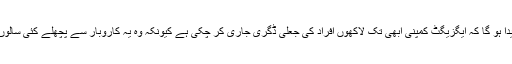
لیکن پھر یہ سوال پیدا ہو گا کہ ایگزیگٹ کمپنی ابھی تک لاکھوں افراد کی جعلی ڈگری جاری کر چکی ہے کیونکہ وہ یہ کاروبار سے پچھلے کئی سالوں سے کر رہی ہے ۔